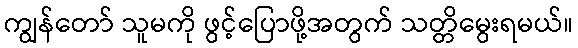
ကျွန်တော် သူမကို ဖွင့်ပြောဖို့အတွက် သတ္တိမွေးရမယ်။